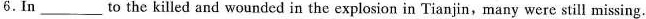
6. In ___ to the killed and wounded in the explosion in Tianjin,many were still missing.